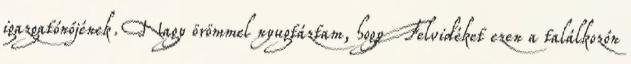
igazgatónőjének. Nagy örömmel nyugtáztam, hogy Felvidéket ezen a találkozón